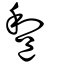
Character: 𨛫